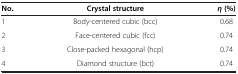
<table><thead><tr><td><b>No.</b></td><td><b>Crystal structure</b></td><td><b><i>η </i>(%)</b></td></tr></thead><tbody><tr><td>1</td><td>Body-centered cubic (bcc)</td><td>0.68</td></tr><tr><td>2</td><td>Face-centered cubic (fcc)</td><td>0.74</td></tr><tr><td>3</td><td>Close-packed hexagonal (hcp)</td><td>0.74</td></tr><tr><td>4</td><td>Diamond structure (bct)</td><td>0.74</td></tr></tbody></table>